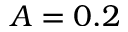
A = 0 . 2